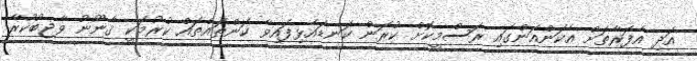
އަދި އެފަރާތަށް އެކަންއަންގައި ރަސްމީކޮށް ކުރަން ކަނޑައެޅިފައިވާ ކަންތައްތައް ކުރުމަކީ ޤާނޫނު ވާޖިބުކުރާ